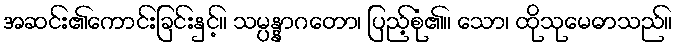
အဆင်း၏ကောင်းခြင်းနှင့်။ သမ္ပန္နာဂတော၊ ပြည့်စုံ၏။ သော၊ ထိုသုမေဓာသည်။